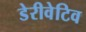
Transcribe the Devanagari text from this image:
डेरीवेटिव